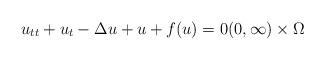
LaTeX: \begin{align*}u_{tt} + u_t-\Delta u + u + f(u) = 0 (0,\infty)\times\Omega\end{align*}